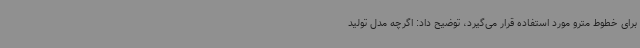
برای خطوط مترو مورد استفاده قرار می‌گیرد، توضیح داد: اگرچه مدل تولید